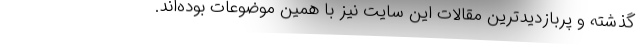
گذشته و پربازدیدترین مقالات این سایت نیز با همین موضوعات بوده‌اند.